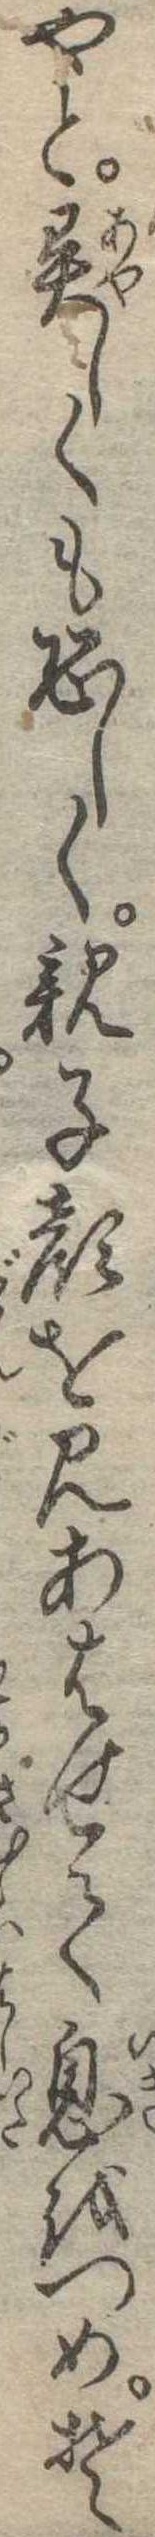
やと異しくも恐しく親子顔を見あはせて息をつめそ